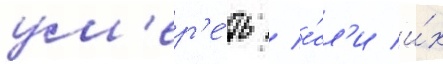
ум'ер'е́ть / е́сл'и и́х